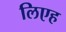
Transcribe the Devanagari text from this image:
लिएह